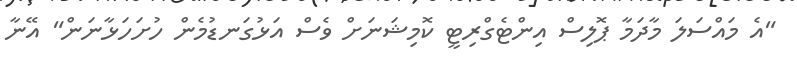
"އެ މައްސަލަ މާދަމާ ޕޮލިސް އިންޓެގްރިޓީ ކޮމިޝަނަށް ވެސް އަޅުގަނޑުމެން ހުށަހަޅާނަން" އޭނާ